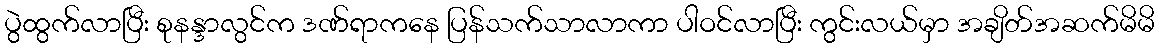
ပွဲထွက်လာပြီး စုနန္ဒာလွင်က ဒဏ်ရာကနေ ပြန်သက်သာလာကာ ပါဝင်လာပြီး ကွင်းလယ်မှာ အချိတ်အဆက်မိမိ